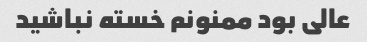
عالی بود ممنونم خسته نباشید